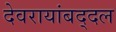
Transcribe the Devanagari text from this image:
देवरायांबद्दल